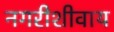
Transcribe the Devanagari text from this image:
नगरीशीवाय